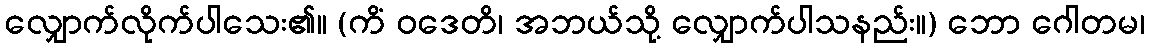
လျှောက်လိုက်ပါသေး၏။ (ကိံ ဝဒေတိ၊ အဘယ်သို့ လျှောက်ပါသနည်း။) ဘော ဂေါတမ၊